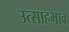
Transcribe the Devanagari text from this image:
उत्साहभाव